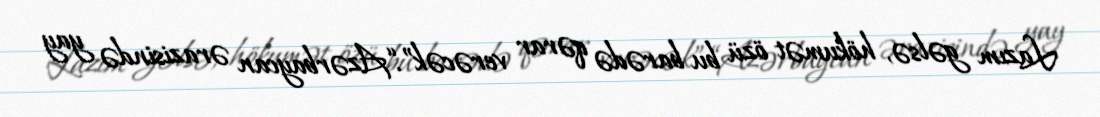
Lazım gəlsə, hökumət özü bu barədə qərar verəcək”.“Azərbaycan ərazisində yay